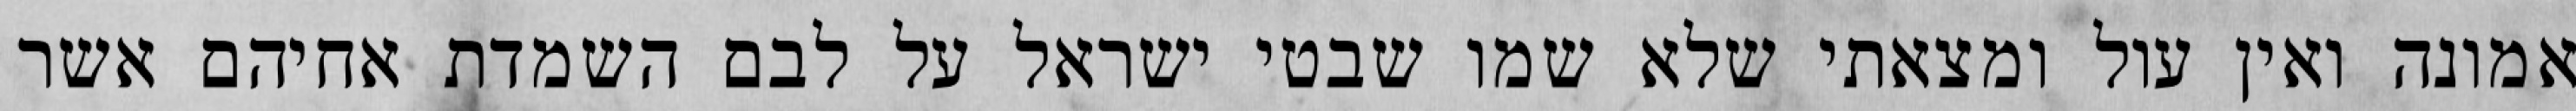
אמונה ואין עול ומצאתי שלא שמו שבטי ישראל על לבם השמדת אחיהם אשר